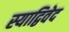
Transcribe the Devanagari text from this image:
स्याद्विवेद